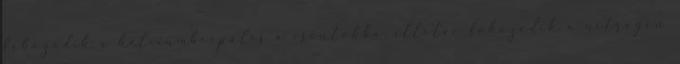
fokozódik a kalciumbeépülés a csontokba, illetve fokozódik a nitrogén